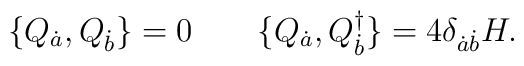
\{Q_{\dot a}, Q_{\dot b}\}=0\qquad\{Q_{\dot a}, Q_{\dot b}^\dagger\}=4\delta_{\dot a\dot b}H.